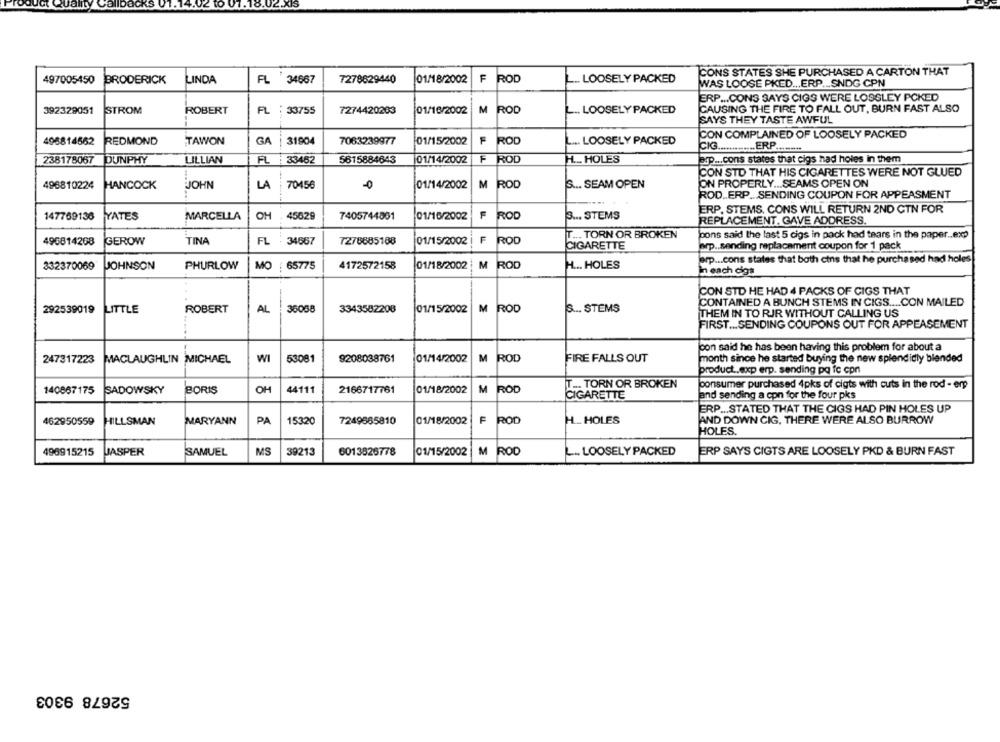
2.XIS
CONS STATES SHE PURCHASED A CARTON THAT
497005450
BRODERICK
LINDA
FL 34667
7278629440
01/18/2002
F
ROD
. LOOSELY PACKED
WAS LOOSE PKED ... ERP ... SNDG CPN
ERP ... CONS SAYS CIGS WERE LOSGLEY PCKED
392329051
STROM
ROBERT
FL
33755
7274420203
01/16/2002
M
ROD
L .. LOOSELY PACKED
CAUSING THE FIRE TO FALL OUT, BURN FAST ALSO
SAYS THEY TASTE AWFUL
496814562
REDMOND
TAWON
GA
31904
7063239977
01/15/2002
F
ROD
L ... LOOSELY PACKED
CON COMPLAINED OF LOOSELY PACKED
CIG ............. ERP ..
238178067
DUNPHY
LILLIAN
FL
33462
5615884643
01/14/2002
F ROD
H ... HOLES
arp ... cons states that cigs had holes in them
CON STD THAT HIS CIGARETTES WERE NOT GLUED
496810224
HANCOCK
JOHN
LA
70456
0
01/14/2002
M ROD
S ... SEAM OPEN
ON PROPERLY ... SEAMS OPEN ON
ROD.ERP ... SENDING COUPON FOR APPEASMENT
147769136
MARCELLA
OH
45629
7405744861
F
3 ... STEMS
ERP. STEMS. CONS WILL RETURN 2ND CTN FOR
YATES
01/16/2002
ROD
REPLACEMENT. GAVE ADDRESS.
T ... TORN OR BROKEN
pons said the last 5 cigs in pack had tears in the paper .. exp
496814268
GEROW
TINA
FL
34567
7278685188
01/15/2002
F
ROD
CIGARETTE
mrp .. sending replacement coupon for 1 pack
prp ... cons states that both cins that he purchased had holes
332370069
JOHNSON
PHURLOW
MO
65775
4172572158
01/18/2002
M ROD
H ... HOLES
in each cigs
CON STO HE HAD 4 PACKS OF CIGS THAT
CONTAINED A BUNCH STEMS IN CIGS .... CON MAILED
292539019
LITTLE
ROBERT
AL
36058
3343582208
01/15/2002
M
ROD
S ... STEMS
THEM IN TO RJR WITHOUT CALLING US
FIRST ... SENDING COUPONS OUT FOR APPEASEMENT
con said he has been having this problem for about a
247317223
MACLAUGHLIN MICHAEL
WI
53081
9208038761
01/14/2002
M
ROD
FIRE FALLS OUT
month since he started buying the new splendidly blended
product.exp erp. sending pa fc con
T ... TORN OR BROKEN
consumer purchased 4pks of cigts with cuts in the rod - erp
140867175
SADOWSKY
BORIS
OH
44111
2166717761
01/18/2002
M
ROD
and sending a con for the four pks
CIGARETTE
ERP ... STATED THAT THE CIGS HAD PIN HOLES UP
462950559
HILLSMAN
MARYANN
PA
15320
7249565810
01/18/2002
F
ROD
H. HOLES
AND DOWN CIG, THERE WERE ALSO BURROW
HOLES.
496915215
JASPER
SAMUEL
MS
39213
6013826778
01/15/2002 M
ROD
L .. LOOSELY PACKED
ERP SAYS CIGTS ARE LOOSELY PKD & BURN FAST
52678 9303